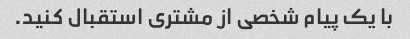
با یک پیام شخصی از مشتری استقبال کنید.